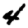
Digit: 4